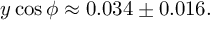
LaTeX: y \cos \phi \approx 0 . 0 3 4 \pm 0 . 0 1 6 .